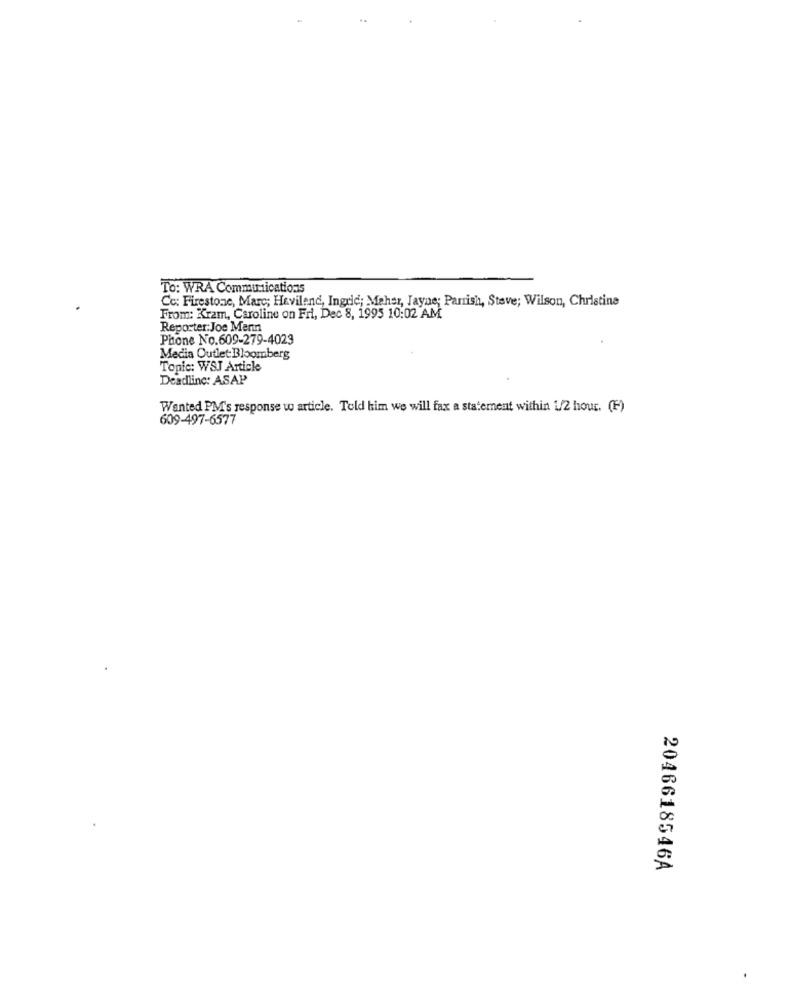
To: WRA Communications
Cc: Firestone, Marc; Hevilend, Ingrid; Maher, Jayne; Parrish, Steve; Wilson, Christine
From: Kram, Caroline on Fri, Dec 8, 1995 10:02 AM
Reporter:Joe Menin
Phone No.609-279-4023
Media Outlet:Bloomberg
Topic: WSJ Article
Deadline: ASAP
Wanted PM's response w article. Told him we will fax a statement within 1/2 hour. (F)
609-497-6577
2046618546A